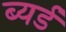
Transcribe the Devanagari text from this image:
ब्यर्ड